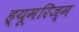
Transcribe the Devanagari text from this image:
ह्यूमरिज्म